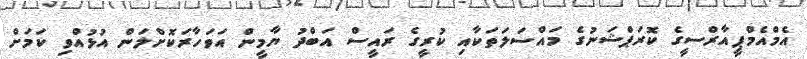
އެމްއެމްޕީއާރްސީގެ ކޮރަޕްޝަނުގެ މައްސަލަތަކާއި ކުރީގެ ރައީސް އަބްދު ޔާމީން އަވަހާރަކޮށްލަން އުޅުއްވި ކަމަށް